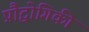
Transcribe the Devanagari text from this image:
प्रौद्वोगिकी